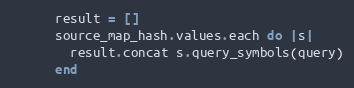
Language: Ruby
      result = []
      source_map_hash.values.each do |s|
        result.concat s.query_symbols(query)
      end